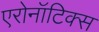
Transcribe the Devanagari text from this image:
एरोनॉटिक्‍स